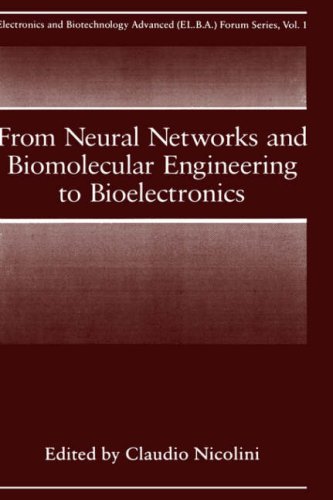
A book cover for From Neural Networks and Biomolecular Engineering to Bioelectronics (Electronics and Biotechnology Advanced (Elba) Forum Series); Science & Math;